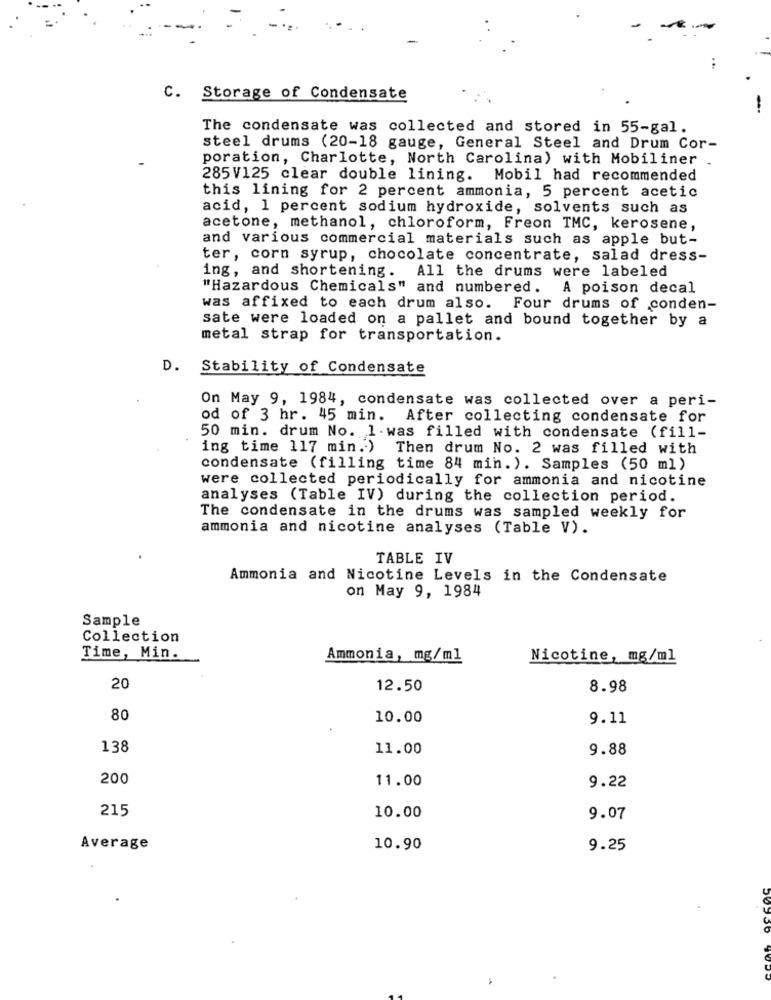
c.
Storage of Condensate
The condensate was collected and stored in 55-gal.
steel drums (20-18 gauge, General Steel and Drum Cor-
poration, Charlotte, North Carolina) with Mobiliner .
285V125 clear double lining. Mobil had recommended
this lining for 2 percent ammonia, 5 percent acetic
acid, 1 percent sodium hydroxide, solvents such as
acetone, methanol, chloroform, Freon TMC, kerosene,
and various commercial materials such as apple but-
ter, corn syrup, chocolate concentrate, salad dress-
ing, and shortening. All the drums were labeled
"Hazardous Chemicals" and numbered. A poison decal
was affixed to each drum also. Four drums of conden-
sate were loaded on a pallet and bound together by a
metal strap for transportation.
D.
Stability of Condensate
On May 9, 1984, condensate was collected over a peri-
od of 3 hr. 45 min. After collecting condensate for
50 min. drum No. 1. was filled with condensate (fill-
ing time 117 min.) Then drum No. 2 was filled with
condensate (filling time 84 min.). Samples (50 ml)
were collected periodically for ammonia and nicotine
analyses (Table IV) during the collection period.
The condensate in the drums was sampled weekly for
ammonia and nicotine analyses (Table V).
TABLE IV
Ammonia and Nicotine Levels in the Condensate
on May 9, 1984
Sample
Collection
Time, Min.
Ammonia, mg/ml
Nicotine, mg/ml
20
12.50
8.98
80
10.00
9.11
138
11.00
9.88
200
11.00
9.22
215
10.00
9.07
Average
10.90
9.25